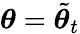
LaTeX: {\boldsymbol{\theta}}=\tilde{{\boldsymbol{\theta}}}_{t}